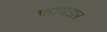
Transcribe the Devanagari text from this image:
फायझर